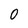
Character: O